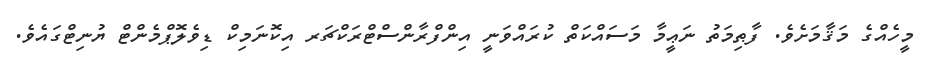
މީހެއްގެ މަޤާމަށެވެ. ފާޠިމަތު ނަޢީމާ މަސައްކަތް ކުރައްވަނީ އިންފްރާންސްޓްރަކްޗަރ އިކޮނަމިކް ޑިވެލޮޕްމެންޓް ޔުނިޓްގައެވެ.